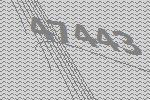
47443